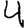
Digit: 4